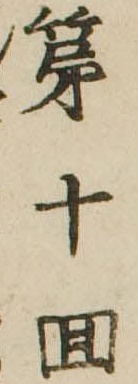
第十回